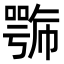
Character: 𭋍